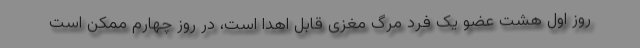
روز اول هشت عضو یک فرد مرگ مغزی قابل اهدا است، در روز چهارم ممکن است